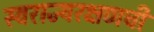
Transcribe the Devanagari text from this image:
स्वराज्यरक्षणची